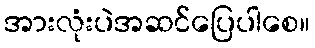
အားလုံးပဲအဆင်ပြေပါစေ။